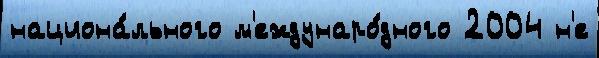
национа́льного м'еждунаро́дного 2004 н'е